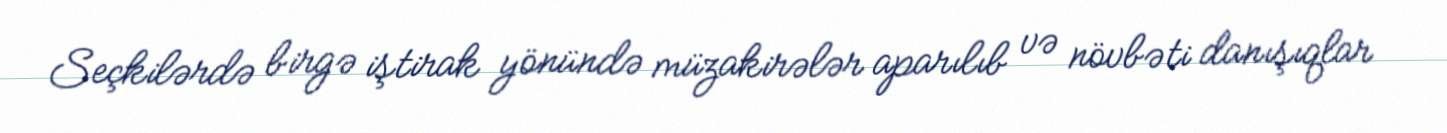
Seçkilərdə birgə iştirak yönündə müzakirələr aparılıb və növbəti danışıqlar